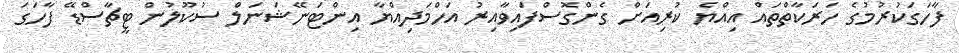
ފާހަގަކުރުމުގެ ހަރަކާތްތައް އިއްޔެ ކުރިއަށް ގެންގޮސްފައިވާއިރު އަހްމަދިއްޔާ އިންޓަނޭޝަނަލް ސުކޫލުން ޓީޗާސްޑޭ ފާހަގަ